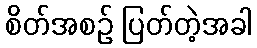
စိတ်အစဉ် ပြတ်တဲ့အခါ